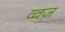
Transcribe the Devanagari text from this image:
व्वज